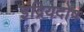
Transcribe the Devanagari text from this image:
इंद्रियदोष